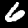
Digit: 6